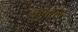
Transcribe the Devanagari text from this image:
कोवाम